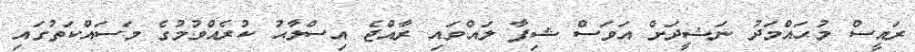
ރައީސް މުޙައްމަދު ނަޝީދަށް އަވަސް ޝިފާ ލައްވައި ރާއްޖެ އިސްލާޙު ކުރެއްވުމުގެ މަސައްކަތުގައި